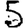
Digit: 5